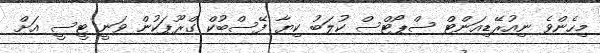
މިހެންވެ ނިއުރޭޑިއަންޓް ސްޕޯޓްސް ކުލަބު ކިޔާ ފޭސްބުކް ގްރޫޕަކުން ވަނީ ޓީސީ އަށް